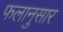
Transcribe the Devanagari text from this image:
फलानुसार